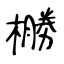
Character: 橳